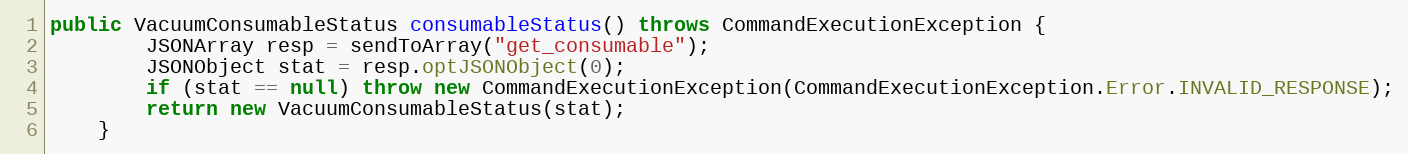
Language: Java
public VacuumConsumableStatus consumableStatus() throws CommandExecutionException {
        JSONArray resp = sendToArray("get_consumable");
        JSONObject stat = resp.optJSONObject(0);
        if (stat == null) throw new CommandExecutionException(CommandExecutionException.Error.INVALID_RESPONSE);
        return new VacuumConsumableStatus(stat);
    }